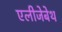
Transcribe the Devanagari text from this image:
एलीजेबेथ